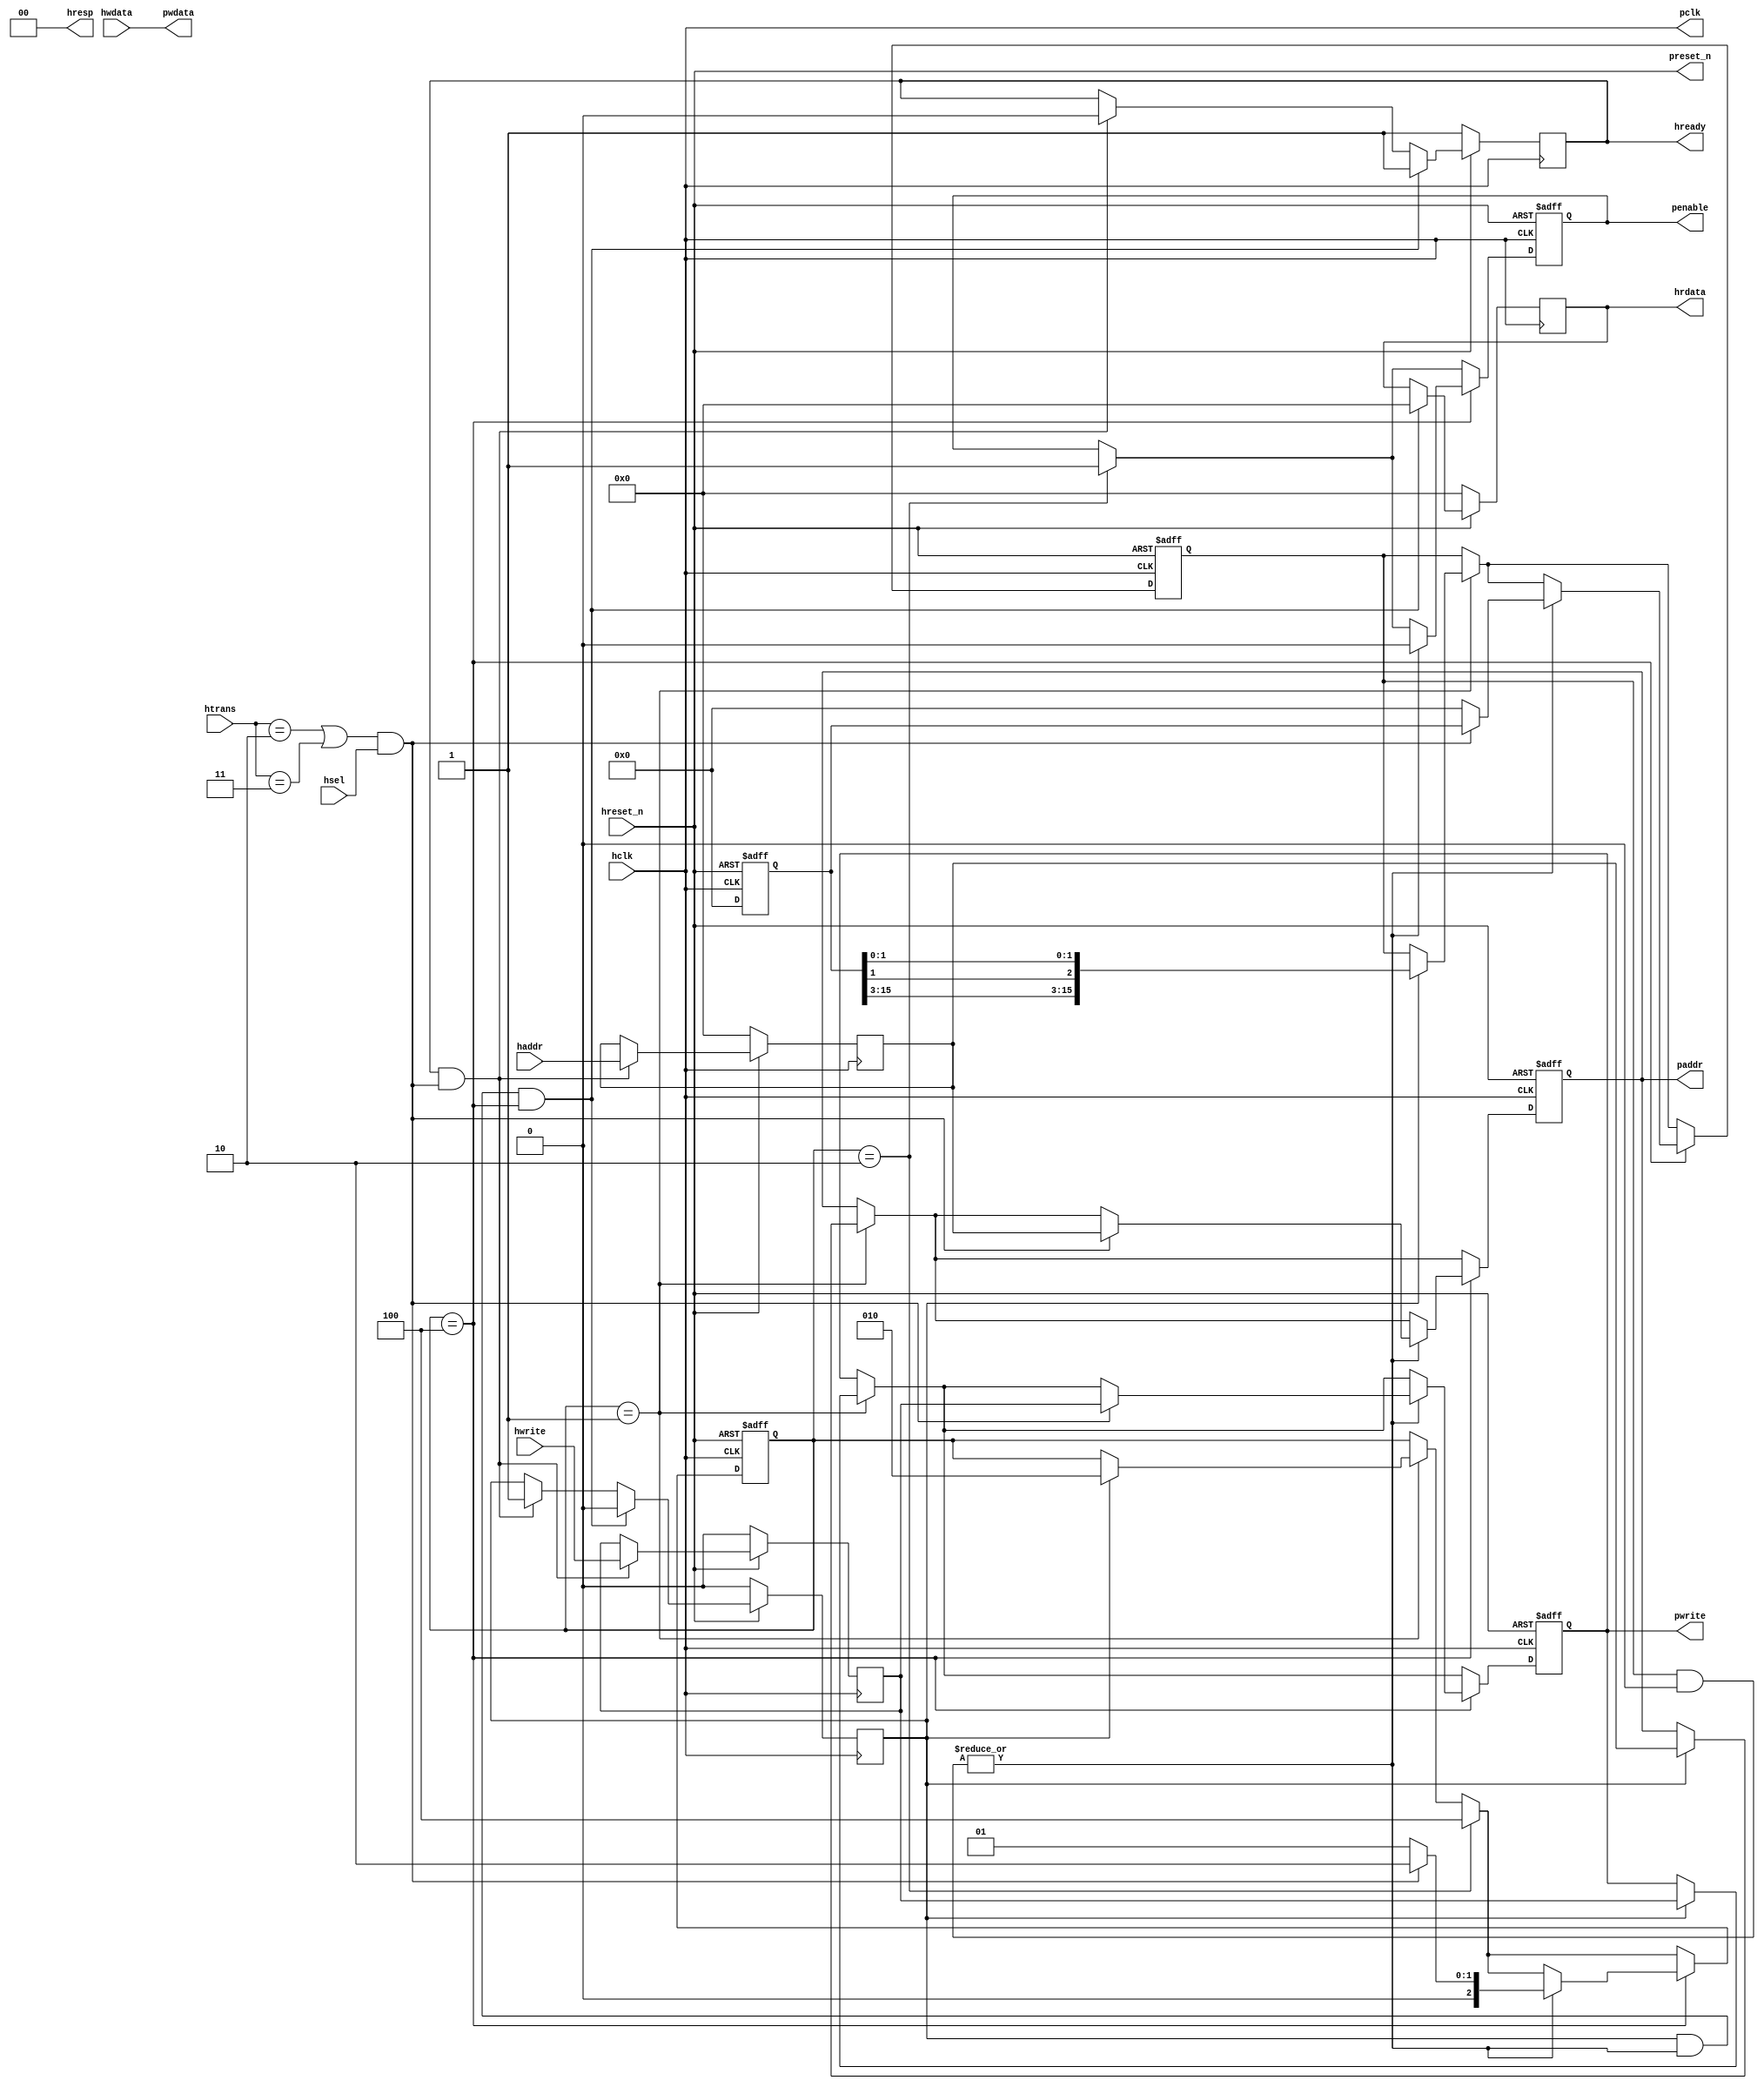
module ahb2apb
(
  // AHB signals
  hclk,
  hreset_n,
  hsel,
  haddr,
  htrans,
  hwdata,
  hwrite,
  hrdata,
  hready,
  hresp,
  
  // APB signals common to all APB slaves
  pclk,
  preset_n,
  paddr,
  penable,
  pwrite,
  pwdata
  
  // Slave 0 signals
  `ifdef APB_SLAVE0
  ,psel0
  ,pready0
  ,prdata0
  `endif
  
  // Slave 1 signals
  `ifdef APB_SLAVE1
  ,psel1
  ,pready1
  ,prdata1
  `endif
  
  // Slave 2 signals
  `ifdef APB_SLAVE2
  ,psel2
  ,pready2
  ,prdata2
  `endif
  
  // Slave 3 signals
  `ifdef APB_SLAVE3
  ,psel3
  ,pready3
  ,prdata3
  `endif
  
  // Slave 4 signals
  `ifdef APB_SLAVE4
  ,psel4
  ,pready4
  ,prdata4
  `endif
  
  // Slave 5 signals
  `ifdef APB_SLAVE5
  ,psel5
  ,pready5
  ,prdata5
  `endif
  
  // Slave 6 signals
  `ifdef APB_SLAVE6
  ,psel6
  ,pready6
  ,prdata6
  `endif
  
  // Slave 7 signals
  `ifdef APB_SLAVE7
  ,psel7
  ,pready7
  ,prdata7
  `endif
  
  // Slave 8 signals
  `ifdef APB_SLAVE8
  ,psel8
  ,pready8
  ,prdata8
  `endif
  
  // Slave 9 signals
  `ifdef APB_SLAVE9
  ,psel9
  ,pready9
  ,prdata9
  `endif
  
  // Slave 10 signals
  `ifdef APB_SLAVE10
  ,psel10
  ,pready10
  ,prdata10
  `endif
  
  // Slave 11 signals
  `ifdef APB_SLAVE11
  ,psel11
  ,pready11
  ,prdata11
  `endif
  
  // Slave 12 signals
  `ifdef APB_SLAVE12
  ,psel12
  ,pready12
  ,prdata12
  `endif
  
  // Slave 13 signals
  `ifdef APB_SLAVE13
  ,psel13
  ,pready13
  ,prdata13
  `endif
  
  // Slave 14 signals
  `ifdef APB_SLAVE14
  ,psel14
  ,pready14
  ,prdata14
  `endif
  
  // Slave 15 signals
  `ifdef APB_SLAVE15
  ,psel15
  ,pready15
  ,prdata15
  `endif
  
);

parameter 
  APB_SLAVE0_START_ADDR  = 32'h00800000,
  APB_SLAVE0_END_ADDR    = 32'h0080FFFF,
  APB_SLAVE1_START_ADDR  = 32'h00810000,
  APB_SLAVE1_END_ADDR    = 32'h0081FFFF,
  APB_SLAVE2_START_ADDR  = 32'h00820000,
  APB_SLAVE2_END_ADDR    = 32'h0082FFFF,
  APB_SLAVE3_START_ADDR  = 32'h00830000,
  APB_SLAVE3_END_ADDR    = 32'h0083FFFF,
  APB_SLAVE4_START_ADDR  = 32'h00840000,
  APB_SLAVE4_END_ADDR    = 32'h0084FFFF,
  APB_SLAVE5_START_ADDR  = 32'h00850000,
  APB_SLAVE5_END_ADDR    = 32'h0085FFFF,
  APB_SLAVE6_START_ADDR  = 32'h00860000,
  APB_SLAVE6_END_ADDR    = 32'h0086FFFF,
  APB_SLAVE7_START_ADDR  = 32'h00870000,
  APB_SLAVE7_END_ADDR    = 32'h0087FFFF,
  APB_SLAVE8_START_ADDR  = 32'h00880000,
  APB_SLAVE8_END_ADDR    = 32'h0088FFFF,
  APB_SLAVE9_START_ADDR  = 32'h00890000,
  APB_SLAVE9_END_ADDR    = 32'h0089FFFF,
  APB_SLAVE10_START_ADDR  = 32'h008A0000,
  APB_SLAVE10_END_ADDR    = 32'h008AFFFF,
  APB_SLAVE11_START_ADDR  = 32'h008B0000,
  APB_SLAVE11_END_ADDR    = 32'h008BFFFF,
  APB_SLAVE12_START_ADDR  = 32'h008C0000,
  APB_SLAVE12_END_ADDR    = 32'h008CFFFF,
  APB_SLAVE13_START_ADDR  = 32'h008D0000,
  APB_SLAVE13_END_ADDR    = 32'h008DFFFF,
  APB_SLAVE14_START_ADDR  = 32'h008E0000,
  APB_SLAVE14_END_ADDR    = 32'h008EFFFF,
  APB_SLAVE15_START_ADDR  = 32'h008F0000,
  APB_SLAVE15_END_ADDR    = 32'h008FFFFF;

  // AHB signals
input        hclk;
input        hreset_n;
input        hsel;
input[31:0]  haddr;
input[1:0]   htrans;
input[31:0]  hwdata;
input        hwrite;
output[31:0] hrdata;
reg   [31:0] hrdata;
output       hready;
output[1:0]  hresp;
  
  // APB signals common to all APB slaves
output       pclk;
output       preset_n;
output[31:0] paddr;
reg   [31:0] paddr;
output       penable;
reg          penable;
output       pwrite;
reg          pwrite;
output[31:0] pwdata;
  
  // Slave 0 signals
`ifdef APB_SLAVE0
  output      psel0;
  input       pready0;
  input[31:0] prdata0;
`endif
  
  // Slave 1 signals
`ifdef APB_SLAVE1
  output      psel1;
  input       pready1;
  input[31:0] prdata1;
`endif
  
  // Slave 2 signals
`ifdef APB_SLAVE2
  output      psel2;
  input       pready2;
  input[31:0] prdata2;
`endif
  
  // Slave 3 signals
`ifdef APB_SLAVE3
  output      psel3;
  input       pready3;
  input[31:0] prdata3;
`endif
  
  // Slave 4 signals
`ifdef APB_SLAVE4
  output      psel4;
  input       pready4;
  input[31:0] prdata4;
`endif
  
  // Slave 5 signals
`ifdef APB_SLAVE5
  output      psel5;
  input       pready5;
  input[31:0] prdata5;
`endif
  
  // Slave 6 signals
`ifdef APB_SLAVE6
  output      psel6;
  input       pready6;
  input[31:0] prdata6;
`endif
  
  // Slave 7 signals
`ifdef APB_SLAVE7
  output      psel7;
  input       pready7;
  input[31:0] prdata7;
`endif
  
  // Slave 8 signals
`ifdef APB_SLAVE8
  output      psel8;
  input       pready8;
  input[31:0] prdata8;
`endif
  
  // Slave 9 signals
`ifdef APB_SLAVE9
  output      psel9;
  input       pready9;
  input[31:0] prdata9;
`endif
  
  // Slave 10 signals
`ifdef APB_SLAVE10
  output      psel10;
  input       pready10;
  input[31:0] prdata10;
`endif
  
  // Slave 11 signals
`ifdef APB_SLAVE11
  output      psel11;
  input       pready11;
  input[31:0] prdata11;
`endif
  
  // Slave 12 signals
`ifdef APB_SLAVE12
  output      psel12;
  input       pready12;
  input[31:0] prdata12;
`endif
  
  // Slave 13 signals
`ifdef APB_SLAVE13
  output      psel13;
  input       pready13;
  input[31:0] prdata13;
`endif
  
  // Slave 14 signals
`ifdef APB_SLAVE14
  output      psel14;
  input       pready14;
  input[31:0] prdata14;
`endif
  
  // Slave 15 signals
`ifdef APB_SLAVE15
  output      psel15;
  input       pready15;
  input[31:0] prdata15;
`endif
 
reg         ahb_addr_phase;
reg         ahb_data_phase;
wire        valid_ahb_trans;
wire        pready_muxed;
wire [31:0] prdata_muxed;
reg  [31:0] haddr_reg;
reg         hwrite_reg;
reg  [2:0]  apb_state;
wire [2:0]  apb_state_idle;
wire [2:0]  apb_state_setup;
wire [2:0]  apb_state_access;
reg  [15:0] slave_select;
wire [15:0] pready_vector;
reg  [15:0] psel_vector;
wire [31:0] prdata0_q;
wire [31:0] prdata1_q;
wire [31:0] prdata2_q;
wire [31:0] prdata3_q;
wire [31:0] prdata4_q;
wire [31:0] prdata5_q;
wire [31:0] prdata6_q;
wire [31:0] prdata7_q;
wire [31:0] prdata8_q;
wire [31:0] prdata9_q;
wire [31:0] prdata10_q;
wire [31:0] prdata11_q;
wire [31:0] prdata12_q;
wire [31:0] prdata13_q;
wire [31:0] prdata14_q;
wire [31:0] prdata15_q;

assign pclk     = hclk;
assign preset_n = hreset_n;
assign hready   = ahb_addr_phase;
assign pwdata   = hwdata;
assign hresp  = 2'b00;

// Respond to NONSEQ or SEQ transfers
assign valid_ahb_trans = ((htrans == 2'b10) || (htrans == 2'b11)) && (hsel == 1'b1);

always @(posedge hclk) begin
  if (hreset_n == 1'b0) begin
    ahb_addr_phase <= 1'b1;
    ahb_data_phase <= 1'b0;
    haddr_reg      <= 'b0;
    hwrite_reg     <= 1'b0;
    hrdata         <= 'b0;
  end
  else begin
    if (ahb_addr_phase == 1'b1 && valid_ahb_trans == 1'b1) begin
      ahb_addr_phase <= 1'b0;
      ahb_data_phase <= 1'b1;
      haddr_reg      <= haddr;
      hwrite_reg     <= hwrite;
    end
    if (ahb_data_phase == 1'b1 && pready_muxed == 1'b1 && apb_state == apb_state_access) begin
      ahb_addr_phase <= 1'b1;
      ahb_data_phase <= 1'b0;
      hrdata         <= prdata_muxed;
    end
  end
end

// APB state machine state definitions
assign apb_state_idle   = 3'b001;
assign apb_state_setup  = 3'b010;
assign apb_state_access = 3'b100;

// APB state machine
always @(posedge hclk or negedge hreset_n) begin
  if (hreset_n == 1'b0) begin
    apb_state   <= apb_state_idle;
    psel_vector <= 1'b0;
    penable     <= 1'b0;
    paddr       <= 1'b0;
    pwrite      <= 1'b0;
  end  
  else begin
    
    // IDLE -> SETUP
    if (apb_state == apb_state_idle) begin
      if (ahb_data_phase == 1'b1) begin
        apb_state   <= apb_state_setup;
        psel_vector <= { slave_select[15], slave_select[14], slave_select[13], slave_select[12], slave_select[11], slave_select[10],
                           slave_select[9], slave_select[8], slave_select[7], slave_select[6], slave_select[5], slave_select[4],
                           slave_select[3], slave_select[1], slave_select[1], slave_select[0] };
        paddr       <= haddr_reg;
        pwrite      <= hwrite_reg;
      end  
    end
    
    // SETUP -> TRANSFER
    if (apb_state == apb_state_setup) begin
      apb_state <= apb_state_access;
      penable   <= 1'b1;
    end
    
    // TRANSFER -> SETUP or
    // TRANSFER -> IDLE
    if (apb_state == apb_state_access) begin
      if (pready_muxed == 1'b1) begin
      
        // TRANSFER -> SETUP
        if (valid_ahb_trans == 1'b1) begin
          apb_state   <= apb_state_setup;
          penable     <= 1'b0;
          psel_vector <= { slave_select[15], slave_select[14], slave_select[13], slave_select[12], slave_select[11], slave_select[10],
                           slave_select[9], slave_select[8], slave_select[7], slave_select[6], slave_select[5], slave_select[4],
                           slave_select[3], slave_select[2], slave_select[1], slave_select[0] };
          paddr       <= haddr_reg;
          pwrite      <= hwrite_reg;
        end  
        
        // TRANSFER -> IDLE
        else begin
          apb_state   <= apb_state_idle;      
          penable     <= 1'b0;
          psel_vector <= 'b0;
        end  
      end
    end
    
  end
end

always @(posedge hclk or negedge hreset_n) begin
  if (hreset_n == 1'b0)
    slave_select <= 'b0;
  else begin  
  `ifdef APB_SLAVE0
     slave_select[0]   <= valid_ahb_trans && (haddr >= APB_SLAVE0_START_ADDR)  && (haddr <= APB_SLAVE0_END_ADDR);
   `else
     slave_select[0]   <= 1'b0;
   `endif
   
   `ifdef APB_SLAVE1
     slave_select[1]   <= valid_ahb_trans && (haddr >= APB_SLAVE1_START_ADDR)  && (haddr <= APB_SLAVE1_END_ADDR);
   `else
     slave_select[1]   <= 1'b0;
   `endif  
     
   `ifdef APB_SLAVE2  
     slave_select[2]   <= valid_ahb_trans && (haddr >= APB_SLAVE2_START_ADDR)  && (haddr <= APB_SLAVE2_END_ADDR);
   `else
     slave_select[2]   <= 1'b0;
   `endif  
     
   `ifdef APB_SLAVE3  
     slave_select[3]   <= valid_ahb_trans && (haddr >= APB_SLAVE3_START_ADDR)  && (haddr <= APB_SLAVE3_END_ADDR);
   `else
     slave_select[3]   <= 1'b0;
   `endif  
     
   `ifdef APB_SLAVE4  
     slave_select[4]   <= valid_ahb_trans && (haddr >= APB_SLAVE4_START_ADDR)  && (haddr <= APB_SLAVE4_END_ADDR);
   `else
     slave_select[4]   <= 1'b0;
   `endif  
     
   `ifdef APB_SLAVE5  
     slave_select[5]   <= valid_ahb_trans && (haddr >= APB_SLAVE5_START_ADDR)  && (haddr <= APB_SLAVE5_END_ADDR);
   `else
     slave_select[5]   <= 1'b0;
   `endif  
     
   `ifdef APB_SLAVE6  
     slave_select[6]   <= valid_ahb_trans && (haddr >= APB_SLAVE6_START_ADDR)  && (haddr <= APB_SLAVE6_END_ADDR);
   `else
     slave_select[6]   <= 1'b0;
   `endif  
     
   `ifdef APB_SLAVE7  
     slave_select[7]   <= valid_ahb_trans && (haddr >= APB_SLAVE7_START_ADDR)  && (haddr <= APB_SLAVE7_END_ADDR);
   `else
     slave_select[7]   <= 1'b0;
   `endif  
     
   `ifdef APB_SLAVE8  
     slave_select[8]   <= valid_ahb_trans && (haddr >= APB_SLAVE8_START_ADDR)  && (haddr <= APB_SLAVE8_END_ADDR);
   `else
     slave_select[8]   <= 1'b0;
   `endif  
     
   `ifdef APB_SLAVE9  
     slave_select[9]   <= valid_ahb_trans && (haddr >= APB_SLAVE9_START_ADDR)  && (haddr <= APB_SLAVE9_END_ADDR);
   `else
     slave_select[9]   <= 1'b0;
   `endif  
     
   `ifdef APB_SLAVE10  
     slave_select[10]  <= valid_ahb_trans && (haddr >= APB_SLAVE10_START_ADDR) && (haddr <= APB_SLAVE10_END_ADDR);
   `else
     slave_select[10]   <= 1'b0;
   `endif  
     
   `ifdef APB_SLAVE11  
     slave_select[11]  <= valid_ahb_trans && (haddr >= APB_SLAVE11_START_ADDR) && (haddr <= APB_SLAVE11_END_ADDR);
   `else
     slave_select[11]   <= 1'b0;
   `endif  
     
   `ifdef APB_SLAVE12  
     slave_select[12]  <= valid_ahb_trans && (haddr >= APB_SLAVE12_START_ADDR) && (haddr <= APB_SLAVE12_END_ADDR);
   `else
     slave_select[12]   <= 1'b0;
   `endif  
     
   `ifdef APB_SLAVE13  
     slave_select[13]  <= valid_ahb_trans && (haddr >= APB_SLAVE13_START_ADDR) && (haddr <= APB_SLAVE13_END_ADDR);
   `else
     slave_select[13]   <= 1'b0;
   `endif  
     
   `ifdef APB_SLAVE14  
     slave_select[14]  <= valid_ahb_trans && (haddr >= APB_SLAVE14_START_ADDR) && (haddr <= APB_SLAVE14_END_ADDR);
   `else
     slave_select[14]   <= 1'b0;
   `endif  
     
   `ifdef APB_SLAVE15  
     slave_select[15]  <= valid_ahb_trans && (haddr >= APB_SLAVE15_START_ADDR) && (haddr <= APB_SLAVE15_END_ADDR);
   `else
     slave_select[15]   <= 1'b0;
   `endif  
  end
end

assign pready_muxed = |(psel_vector & pready_vector);
assign prdata_muxed = prdata0_q  | prdata1_q  | prdata2_q  | prdata3_q  |
                      prdata4_q  | prdata5_q  | prdata6_q  | prdata7_q  |
                      prdata8_q  | prdata9_q  | prdata10_q | prdata11_q |
                      prdata12_q | prdata13_q | prdata14_q | prdata15_q ;

`ifdef APB_SLAVE0
  assign psel0            = psel_vector[0];
  assign pready_vector[0] = pready0;
  assign prdata0_q        = (psel0 == 1'b1) ? prdata0 : 'b0;
`else
  assign pready_vector[0] = 1'b0;
  assign prdata0_q        = 'b0;
`endif

`ifdef APB_SLAVE1
  assign psel1            = psel_vector[1];
  assign pready_vector[1] = pready1;
  assign prdata1_q        = (psel1 == 1'b1) ? prdata1 : 'b0;
`else
  assign pready_vector[1] = 1'b0;
  assign prdata1_q        = 'b0;
`endif

`ifdef APB_SLAVE2
  assign psel2            = psel_vector[2];
  assign pready_vector[2] = pready2;
  assign prdata2_q        = (psel2 == 1'b1) ? prdata2 : 'b0;
`else
  assign pready_vector[2] = 1'b0;
  assign prdata2_q        = 'b0;
`endif

`ifdef APB_SLAVE3
  assign psel3            = psel_vector[3];
  assign pready_vector[3] = pready3;
  assign prdata3_q        = (psel3 == 1'b1) ? prdata3 : 'b0;
`else
  assign pready_vector[3] = 1'b0;
  assign prdata3_q        = 'b0;
`endif

`ifdef APB_SLAVE4
  assign psel4            = psel_vector[4];
  assign pready_vector[4] = pready4;
  assign prdata4_q        = (psel4 == 1'b1) ? prdata4 : 'b0;
`else
  assign pready_vector[4] = 1'b0;
  assign prdata4_q        = 'b0;
`endif

`ifdef APB_SLAVE5
  assign psel5            = psel_vector[5];
  assign pready_vector[5] = pready5;
  assign prdata5_q        = (psel5 == 1'b1) ? prdata5 : 'b0;
`else
  assign pready_vector[5] = 1'b0;
  assign prdata5_q        = 'b0;
`endif

`ifdef APB_SLAVE6
  assign psel6            = psel_vector[6];
  assign pready_vector[6] = pready6;
  assign prdata6_q        = (psel6 == 1'b1) ? prdata6 : 'b0;
`else
  assign pready_vector[6] = 1'b0;
  assign prdata6_q        = 'b0;
`endif

`ifdef APB_SLAVE7
  assign psel7            = psel_vector[7];
  assign pready_vector[7] = pready7;
  assign prdata7_q        = (psel7 == 1'b1) ? prdata7 : 'b0;
`else
  assign pready_vector[7] = 1'b0;
  assign prdata7_q        = 'b0;
`endif

`ifdef APB_SLAVE8
  assign psel8            = psel_vector[8];
  assign pready_vector[8] = pready8;
  assign prdata8_q        = (psel8 == 1'b1) ? prdata8 : 'b0;
`else
  assign pready_vector[8] = 1'b0;
  assign prdata8_q        = 'b0;
`endif

`ifdef APB_SLAVE9
  assign psel9            = psel_vector[9];
  assign pready_vector[9] = pready9;
  assign prdata9_q        = (psel9 == 1'b1) ? prdata9 : 'b0;
`else
  assign pready_vector[9] = 1'b0;
  assign prdata9_q        = 'b0;
`endif

`ifdef APB_SLAVE10
  assign psel10            = psel_vector[10];
  assign pready_vector[10] = pready10;
  assign prdata10_q        = (psel10 == 1'b1) ? prdata10 : 'b0;
`else
  assign pready_vector[10] = 1'b0;
  assign prdata10_q        = 'b0;
`endif

`ifdef APB_SLAVE11
  assign psel11            = psel_vector[11];
  assign pready_vector[11] = pready11;
  assign prdata11_q        = (psel11 == 1'b1) ? prdata11 : 'b0;
`else
  assign pready_vector[11] = 1'b0;
  assign prdata11_q        = 'b0;
`endif

`ifdef APB_SLAVE12
  assign psel12            = psel_vector[12];
  assign pready_vector[12] = pready12;
  assign prdata12_q        = (psel12 == 1'b1) ? prdata12 : 'b0;
`else
  assign pready_vector[12] = 1'b0;
  assign prdata12_q        = 'b0;
`endif

`ifdef APB_SLAVE13
  assign psel13            = psel_vector[13];
  assign pready_vector[13] = pready13;
  assign prdata13_q        = (psel13 == 1'b1) ? prdata13 : 'b0;
`else
  assign pready_vector[13] = 1'b0;
  assign prdata13_q        = 'b0;
`endif

`ifdef APB_SLAVE14
  assign psel14            = psel_vector[14];
  assign pready_vector[14] = pready14;
  assign prdata14_q        = (psel14 == 1'b1) ? prdata14 : 'b0;
`else
  assign pready_vector[14] = 1'b0;
  assign prdata14_q        = 'b0;
`endif

`ifdef APB_SLAVE15
  assign psel15            = psel_vector[15];
  assign pready_vector[15] = pready15;
  assign prdata15_q        = (psel15 == 1'b1) ? prdata15 : 'b0;
`else
  assign pready_vector[15] = 1'b0;
  assign prdata15_q        = 'b0;
`endif



// Add the one hot psel assertion here, 
// note that pselx signals are derived from psel_vector signal, 
// so use psel_vector to write this assertion
// No more than 1 psel output signal should ever be asserted at the same time


endmodule